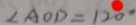
\angle A O D = 1 2 0 ^ { \circ }